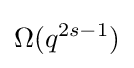
\Omega (q^{2s-1})